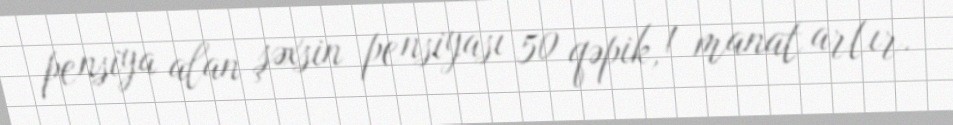
pensiya alan şəxsin pensiyası 50 qəpik, 1 manat artır.